Annual administration report of the Civil Veterinary Department of India - 1892-1893
Year: 1892
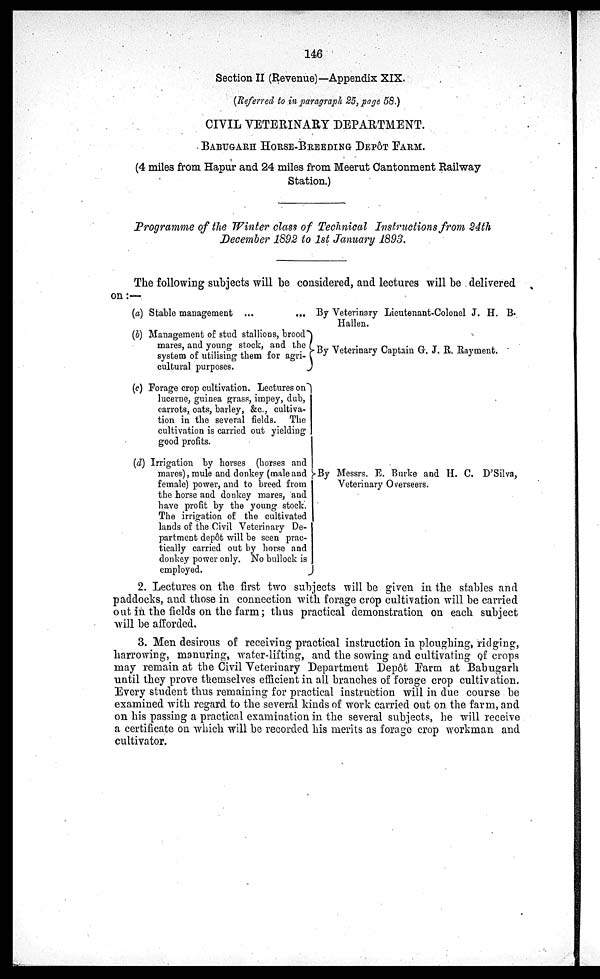
146
Section II (Revenue)—Appendix XIX.
(Referred to in paragraph 25, page 58.)
CIVIL VETERINARY DEPARTMENT.
BABUGARH HORSE-BREEDING DEPÔT FARM.
(4 miles from Hapur and 24 miles from Meerut Cantonment Railway
Station.)
Programme of the Winter class of Technical Instructions from 24th
December 1892 to 1st January 1893.
The following subjects will be considered, and lectures will be delivered
on :—
(a) Stable management ... ...
(b) Management of stud stallions, brood
mares, and young stock, and the
system of utilising them for agri-
cultural purposes.
(c) Forage crop cultivation. Lectures on
lucerne, guinea grass, impey, dub,
carrots, oats, barley, &c., cultiva-
tion in the several fields. The
cultivation is carried out yielding
good profits.
(d) Irrigation by horses (horses and
mares), mule and donkey (male and
female) power, and to breed from
the horse and donkey mares, and
have profit by the young stock.
The irrigation of the cultivated
lands of the Civil Veterinary De-
partment depôt will be seen prac-
tically carried out by horse and
donkey power only. No bullock is
employed.
By Veterinary Lieutenant-Colonel J. H. B.
Hallen.
By Veterinary Captain G. J. R. Rayment.
By Messrs. E. Burke and H. C. D'Silva,
Veterinary Overseers.
2. Lectures on the first two subjects will be given in the stables and
paddocks, and those in connection with forage crop cultivation will be carried
out in the fields on the farm; thus practical demonstration on each subject
will be afforded.
3. Men desirous of receiving practical instruction in ploughing, ridging,
harrowing, manuring, water-lifting, and the sowing and cultivating of crops
may remain at the Civil Veterinary Department Depôt Farm at Babugarh
until they prove themselves efficient in all branches of forage crop cultivation.
Every student thus remaining for practical instruction will in due course be
examined with regard to the several kinds of work carried out on the farm, and
on his passing a practical examination in the several subjects, he will receive
a certificate on which will be recorded his merits as forage crop workman and
cultivator.